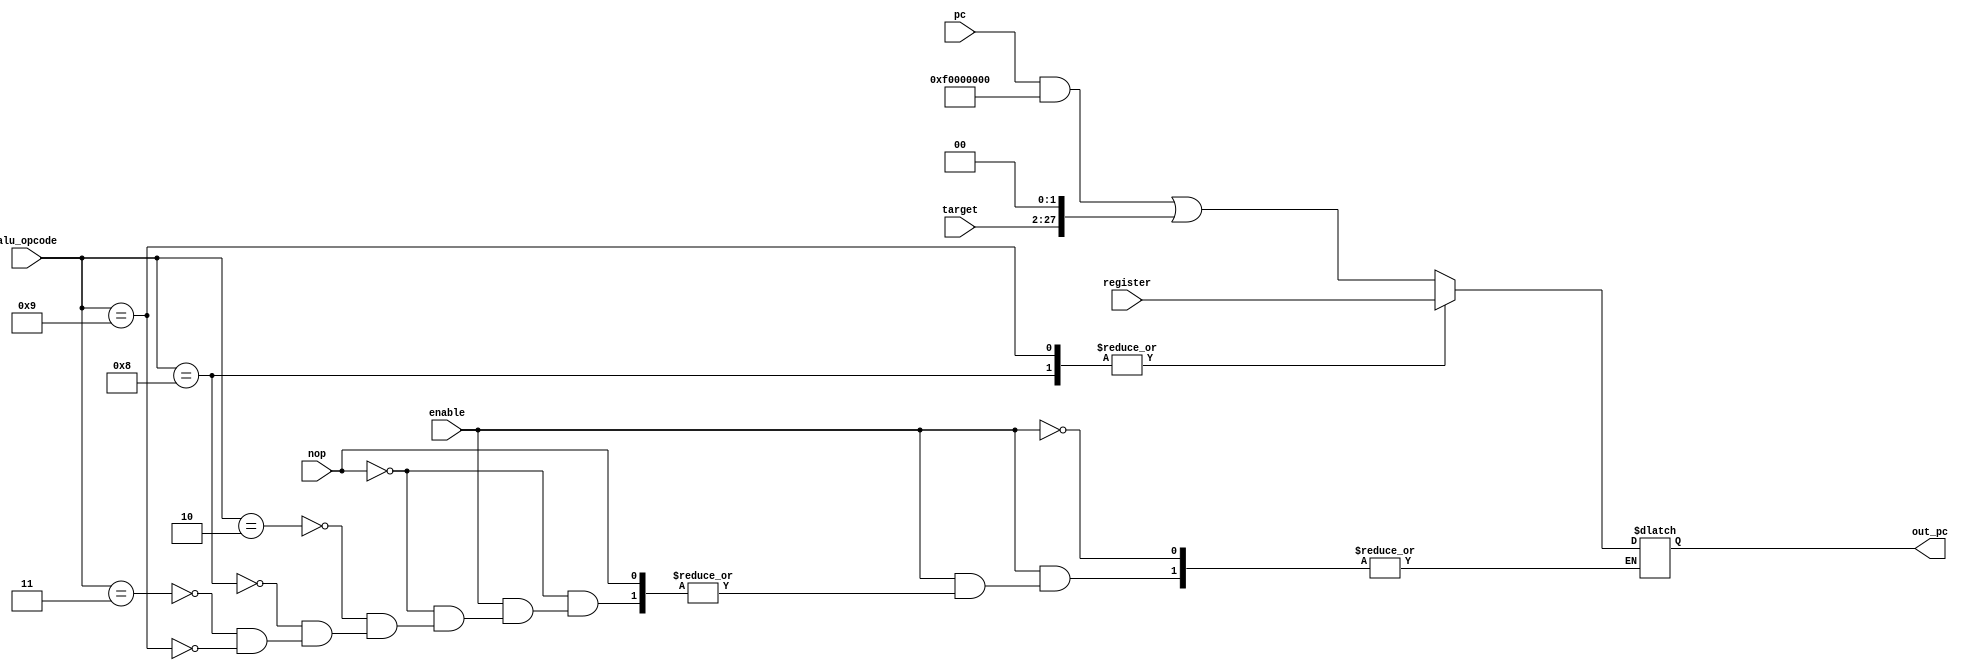
`define jr 6'b001000
`define jal 6'b000011
`define jalr 6'b001001
`define j 6'b000010

module alu_jump
(
	input wire [31:0]			pc,
	input wire [31:0]     register,
	input wire [25:0]			target,
	input wire [5:0] 			alu_opcode,
	input wire				nop,
	input wire				enable,

	output reg [31:0]			out_pc
//	output reg [31:0]			reg31
);

always @(*) begin
    if(enable == 1) begin
	if(!nop) begin
	case(alu_opcode)
		`j: begin
			out_pc = ((pc & 32'hf0000000) | (target<<2));
		end
		`jr: begin
			out_pc = register;
		end
		`jal: begin
			out_pc = ((pc & 32'hf0000000) | (target << 2));
		end
		`jalr: begin
			out_pc = register;
		end

		default: $display("not a jump");
	endcase
end
end
end
endmodule